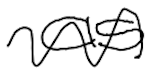
Text: as
Cross-out: wave
Writing tool: digital_black